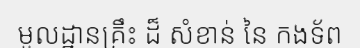
មូលដ្ឋានគ្រឹះ ដ៏ សំខាន់ នៃ កងទ័ព